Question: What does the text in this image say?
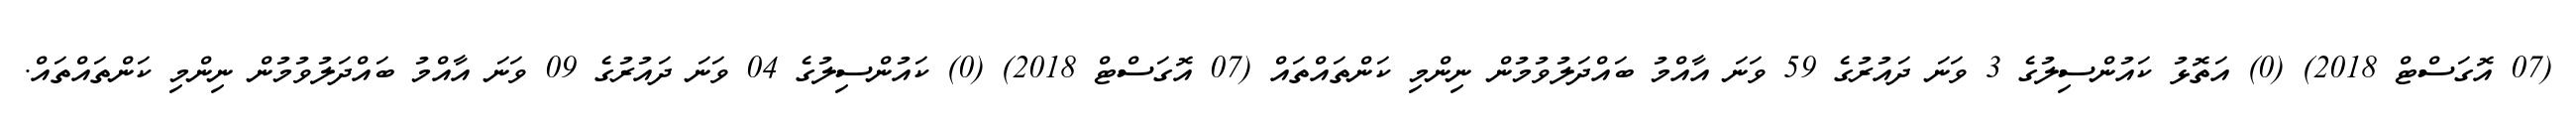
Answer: (07 އޮގަސްޓް 2018) (0) އަތޮޅު ކައުންސިލުގެ 3 ވަނަ ދައުރުގެ 59 ވަނަ އާއްމު ބައްދަލުވުމުން ނިންމި ކަންތައްތައް (07 އޮގަސްޓް 2018) (0) ކައުންސިލުގެ 04 ވަނަ ދައުރުގެ 09 ވަނަ އާއްމު ބައްދަލުވުމުން ނިންމި ކަންތައްތައް.